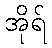
အိုရ်